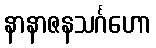
နာနာဇနသင်္ဂဟော